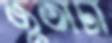
জুতাটা